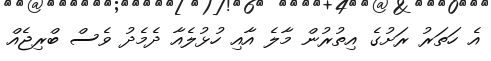
އެ ހަތަރު ރަށުގެ އިތުރުން މާލެ އާއި ހުޅުލެއާ ދެމެދު ވެސް ބްރިޖެއް